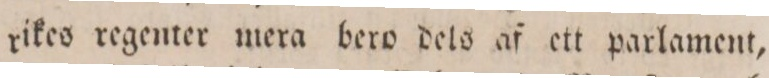
rikes regenter mera bero dels af ett parlament,